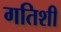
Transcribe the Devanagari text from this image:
गतिशी